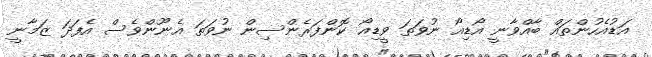
އަޑުއެހުންތައް ބާއްވާނީ އޯޑިއޯ ނުވަތަ ވީޑިއޯ ކޮންފަރެންސިން ނުވަތަ އެނޫންވެސް އެފަދަ ޒަމާނީ